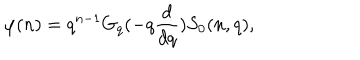
\varphi ( n ) = q ^ { n - 1 } G _ { q } ( - q \frac { d } { d q } ) S _ { 0 } ( n , q ) ,